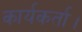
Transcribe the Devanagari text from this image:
कार्यकर्ता।